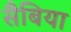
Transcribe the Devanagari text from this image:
सैबिया